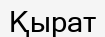
Қырат